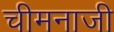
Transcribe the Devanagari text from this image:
चीमनाजी